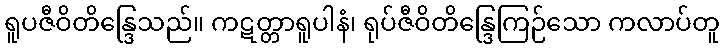
ရူပဇီဝိတိန္ဒြေသည်။ ကဋတ္တာရူပါနံ၊ ရုပ်ဇီဝိတိန္ဒြေကြဉ်သော ကလာပ်တူ